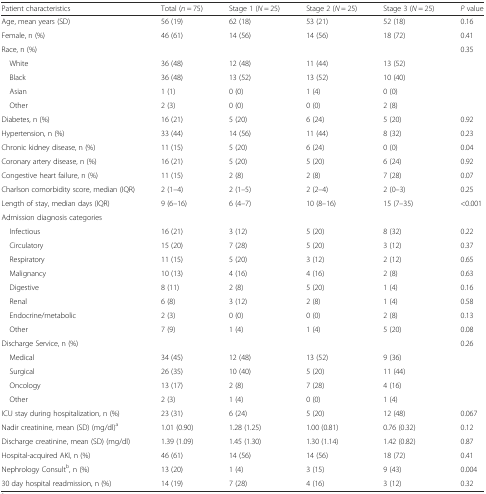
<table><thead><tr><td><b>Patient characteristics</b></td><td><b>Total (<i>n</i> = 75)</b></td><td><b>Stage 1 (<i>N</i> = 25)</b></td><td><b>Stage 2 (<i>N</i> = 25)</b></td><td><b>Stage 3 (<i>N</i> = 25)</b></td><td><b><i>P</i> value</b></td></tr></thead><tbody><tr><td>Age, mean years (SD)</td><td>56 (19)</td><td>62 (18)</td><td>53 (21)</td><td>52 (18)</td><td>0.16</td></tr><tr><td>Female, n (%)</td><td>46 (61)</td><td>14 (56)</td><td>14 (56)</td><td>18 (72)</td><td>0.41</td></tr><tr><td>Race, n (%)</td><td></td><td></td><td></td><td></td><td>0.35</td></tr><tr><td> White</td><td>36 (48)</td><td>12 (48)</td><td>11 (44)</td><td>13 (52)</td><td></td></tr><tr><td> Black</td><td>36 (48)</td><td>13 (52)</td><td>13 (52)</td><td>10 (40)</td><td></td></tr><tr><td> Asian</td><td>1 (1)</td><td>0 (0)</td><td>1 (4)</td><td>0 (0)</td><td></td></tr><tr><td> Other</td><td>2 (3)</td><td>0 (0)</td><td>0 (0)</td><td>2 (8)</td><td></td></tr><tr><td>Diabetes, n (%)</td><td>16 (21)</td><td>5 (20)</td><td>6 (24)</td><td>5 (20)</td><td>0.92</td></tr><tr><td>Hypertension, n (%)</td><td>33 (44)</td><td>14 (56)</td><td>11 (44)</td><td>8 (32)</td><td>0.23</td></tr><tr><td>Chronic kidney disease, n (%)</td><td>11 (15)</td><td>5 (20)</td><td>6 (24)</td><td>0 (0)</td><td>0.04</td></tr><tr><td>Coronary artery disease, n (%)</td><td>16 (21)</td><td>5 (20)</td><td>5 (20)</td><td>6 (24)</td><td>0.92</td></tr><tr><td>Congestive heart failure, n (%)</td><td>11 (15)</td><td>2 (8)</td><td>2 (8)</td><td>7 (28)</td><td>0.07</td></tr><tr><td>Charlson comorbidity score, median (IQR)</td><td>2 (1–4)</td><td>2 (1–5)</td><td>2 (2–4)</td><td>2 (0–3)</td><td>0.25</td></tr><tr><td>Length of stay, median days (IQR)</td><td>9 (6–16)</td><td>6 (4–7)</td><td>10 (8–16)</td><td>15 (7–35)</td><td>&lt;0.001</td></tr><tr><td colspan="6">Admission diagnosis categories</td></tr><tr><td> Infectious</td><td>16 (21)</td><td>3 (12)</td><td>5 (20)</td><td>8 (32)</td><td>0.22</td></tr><tr><td> Circulatory</td><td>15 (20)</td><td>7 (28)</td><td>5 (20)</td><td>3 (12)</td><td>0.37</td></tr><tr><td> Respiratory</td><td>11 (15)</td><td>5 (20)</td><td>3 (12)</td><td>2 (12)</td><td>0.65</td></tr><tr><td> Malignancy</td><td>10 (13)</td><td>4 (16)</td><td>4 (16)</td><td>2 (8)</td><td>0.63</td></tr><tr><td> Digestive</td><td>8 (11)</td><td>2 (8)</td><td>5 (20)</td><td>1 (4)</td><td>0.16</td></tr><tr><td> Renal</td><td>6 (8)</td><td>3 (12)</td><td>2 (8)</td><td>1 (4)</td><td>0.58</td></tr><tr><td> Endocrine/metabolic</td><td>2 (3)</td><td>0 (0)</td><td>0 (0)</td><td>2 (8)</td><td>0.13</td></tr><tr><td> Other</td><td>7 (9)</td><td>1 (4)</td><td>1 (4)</td><td>5 (20)</td><td>0.08</td></tr><tr><td>Discharge Service, n (%)</td><td></td><td></td><td></td><td></td><td>0.26</td></tr><tr><td> Medical</td><td>34 (45)</td><td>12 (48)</td><td>13 (52)</td><td>9 (36)</td><td></td></tr><tr><td> Surgical</td><td>26 (35)</td><td>10 (40)</td><td>5 (20)</td><td>11 (44)</td><td></td></tr><tr><td> Oncology</td><td>13 (17)</td><td>2 (8)</td><td>7 (28)</td><td>4 (16)</td><td></td></tr><tr><td> Other</td><td>2 (3)</td><td>1 (4)</td><td>0 (0)</td><td>1 (4)</td><td></td></tr><tr><td>ICU stay during hospitalization, n (%)</td><td>23 (31)</td><td>6 (24)</td><td>5 (20)</td><td>12 (48)</td><td>0.067</td></tr><tr><td>Nadir creatinine, mean (SD) (mg/dl)<sup>a</sup></td><td>1.01 (0.90)</td><td>1.28 (1.25)</td><td>1.00 (0.81)</td><td>0.76 (0.32)</td><td>0.12</td></tr><tr><td>Discharge creatinine, mean (SD) (mg/dl)</td><td>1.39 (1.09)</td><td>1.45 (1.30)</td><td>1.30 (1.14)</td><td>1.42 (0.82)</td><td>0.87</td></tr><tr><td>Hospital-acquired AKI, n (%)</td><td>46 (61)</td><td>14 (56)</td><td>14 (56)</td><td>18 (72)</td><td>0.41</td></tr><tr><td>Nephrology Consult<sup>b</sup>, n (%)</td><td>13 (20)</td><td>1 (4)</td><td>3 (15)</td><td>9 (43)</td><td>0.004</td></tr><tr><td>30 day hospital readmission, n (%)</td><td>14 (19)</td><td>7 (28)</td><td>4 (16)</td><td>3 (12)</td><td>0.32</td></tr></tbody></table>